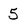
Character: 5